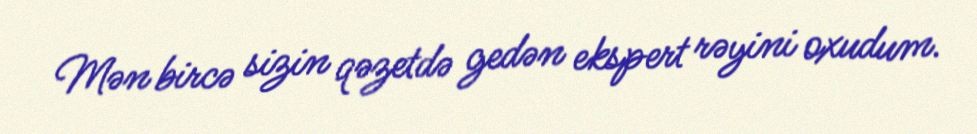
Mən bircə sizin qəzetdə gedən ekspert rəyini oxudum.